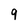
Character: 9